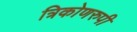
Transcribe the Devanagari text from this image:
त्रिकोणरुपी